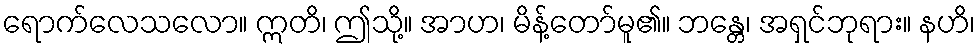
ရောက်လေသလော။ ဣတိ၊ ဤသို့။ အာဟ၊ မိန့်တော်မူ၏။ ဘန္တေ၊ အရှင်ဘုရား။ နဟိ၊